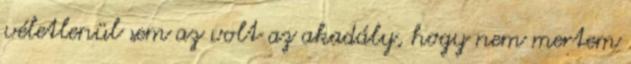
véletlenül sem az volt az akadály, hogy nem mertem